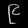
Digit: ၉